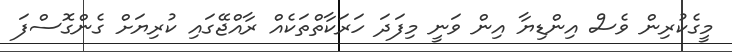
މީގެކުރިން ވެސް އިންޑިޔާ އިން ވަނީ މިފަދަ ހަރަކާތްތަކެއް ރާއްޖޭގައި ކުރިޔަށް ގެންގޮސްފަ